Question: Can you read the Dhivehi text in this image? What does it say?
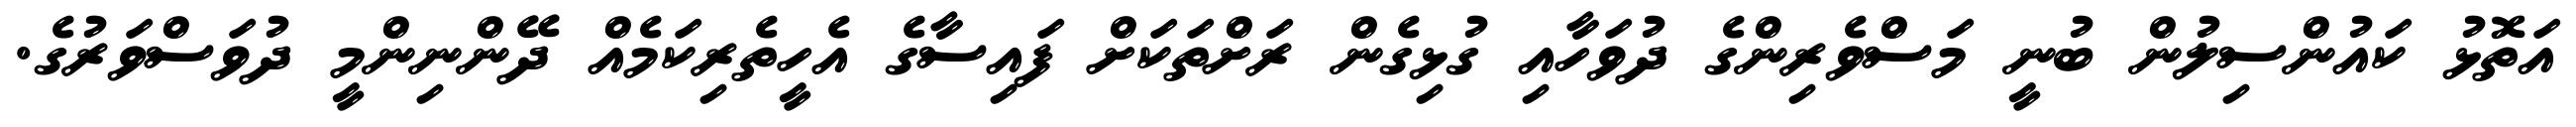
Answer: އަތޮޅު ކައުންސިލުން ބުނީ މަސްވެރިންގެ ދުވަހާއި ގުޅިގެން ރަށްތަކަށް ފައިސާގެ އެހީތެރިކަމެއް ދޭންނިންމީ ދުވަސްވަރުގެ.